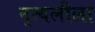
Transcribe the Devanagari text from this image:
नृत्यलीला